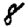
Digit: 8